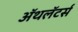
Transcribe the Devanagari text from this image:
ॲथलॅटर्स